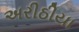
અરીઠીયા